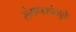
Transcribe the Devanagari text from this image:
संगणकांमुळे